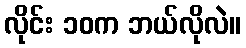
လိုင်း ၁၀က ဘယ်လိုလဲ။